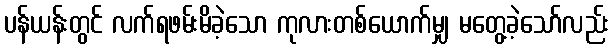
ပန်ယန်းတွင် လက်ရဖမ်းမိခဲ့သော ကုလားတစ်ယောက်မျှ မတွေ့ခဲ့သော်လည်း